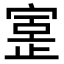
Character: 𫳥